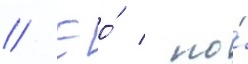
// Ео́ / по́